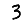
Digit: 3